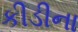
કીડીના